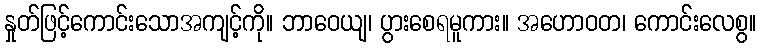
နှုတ်ဖြင့်ကောင်းသောအကျင့်ကို။ ဘာဝေယျ၊ ပွားစေရမူကား။ အဟောဝတ၊ ကောင်းလေစွ။